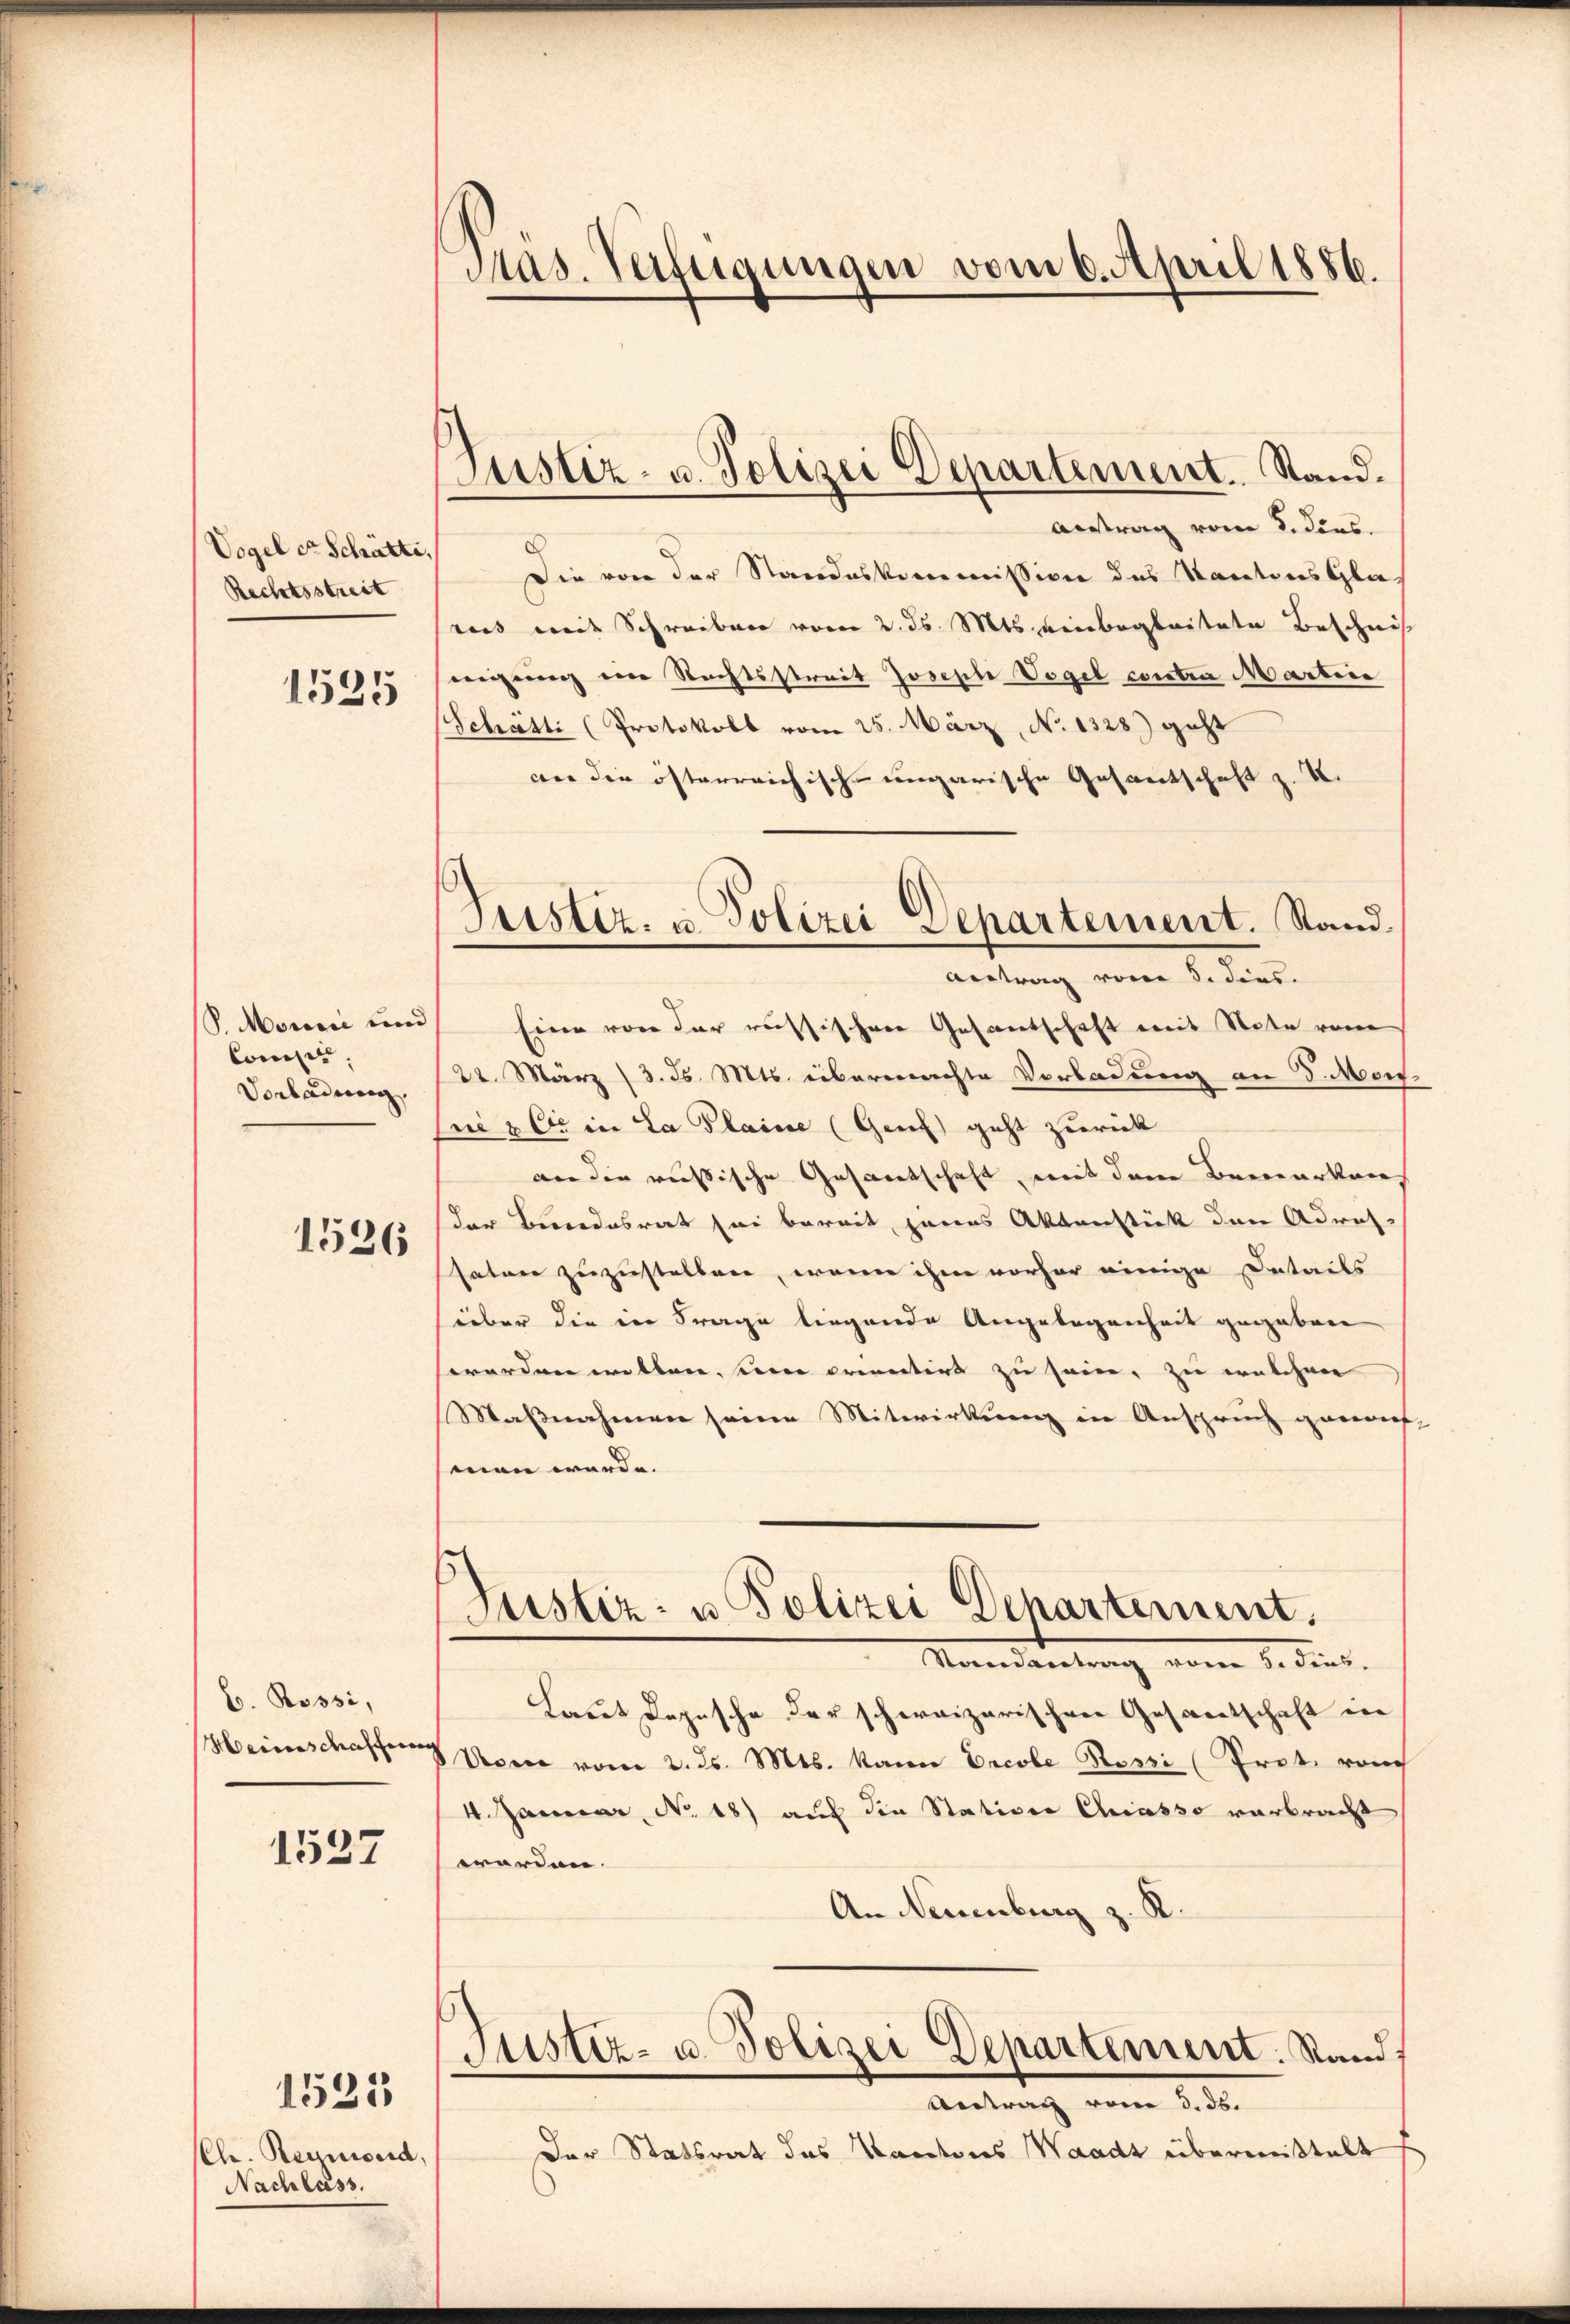
Vogel er Schätte.
Rechtsstreit
1525

S. Monie und
Consis.
Vorladung.

1536

E. Rossi,

1537

(Ch. Reinweid,
Nachlass.

1525

Mas. Verfügungen vom 6. April 1886.

Justiz- u. Polizei Departement. Stand.

Justiz- u. Polizei Departement. Stand.

Antrag vom 3. dens.
Die von der Standeskommission des Kantons Glaaus mit Schreiben vom 2. ds. Mts. einbegleitete Beschnis
nigung eine Rechtsstreit Josepli Vogel contra Martine
Schätti (Protokoll vom 25. März, No. 1328) geht
an die österreichisch-ungarische Gesantschaft z. K.
Antrag vom 5. dies
Eine von der russischen Gesantschaft mit Note von
22. März (3. d. Mts. übermachte Vorladung an 8. Mor
ue & Cie in La Plaine (Genf geht zurück
an die russische Gesantschaft, mit dem Bemerken
der Bundesrat sei bereit, jenes Aktenstück den Adres
satore zuzustellen, wenn ihm vorher einige Details
über die in Frage liegende Angelegenheit gegeben
worden willen, seine orientirt zu sein, zu welchen
Maßnahmen seine Mitwirkung in Anspruch genauf
men werde. |
Justiz- u Polizei Departement.
Mandankung vom 1. dies.
Laut Depesche der schweizerischen Gesandtschaft in
Heinschaffung von vom 2. ds. Mts. kann Ercole Rossi Prot. vom
.Januar, No. 18) auf die Station Chiasso verbracht
worden.
An Neuenburg z. R.
Justiz- u. Polizei Departement. Stand
Antrag vom 3. ds.
Der Statsrat des Kantons Waadt übermittelt